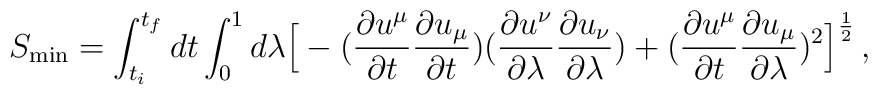
S_{\rm min} = \int_{t_{i}}^{t_{f}} dt \int_0^1 d\lambda \Big [ -({\partial u^\mu \over \partial t} {\partial u_\mu \over \partial t })({\partial u^\nu \over \partial \lambda} {\partial u_\nu \over \partial \lambda })+ ({\partial u^\mu \over \partial t} {\partial u_\mu \over \partial \lambda})^2 \Big ]^{1\over 2} \, ,